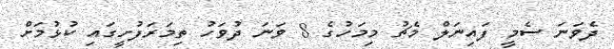
ދެވަނަ ސެމީ ފައިނަލް މެޗު މިމަހުގެ 8 ވަނަ ދުވަހު ތިމަރަފުށީގައި ކުޅުމަށް